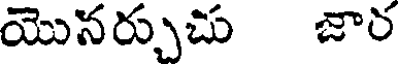
యొనర్చుచు జార